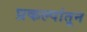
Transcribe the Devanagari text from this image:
प्रकल्पांतून